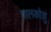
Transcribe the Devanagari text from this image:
पालकोल्लु